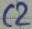
Text: C2